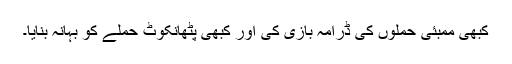
کبھی ممبئی حملوں کی ڈرامہ بازی کی اور کبھی پٹھانکوٹ حملے کو بہانہ بنایا۔